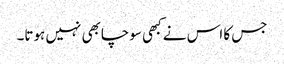
جس کا اس نے کبھی سوچابھی نہیں ہوتا۔